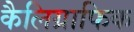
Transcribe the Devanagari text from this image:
कैलिग्राफिक